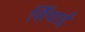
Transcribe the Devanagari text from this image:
सिँचाई